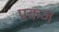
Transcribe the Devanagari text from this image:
प्रकज